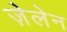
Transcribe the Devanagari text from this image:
ज़ेलेन